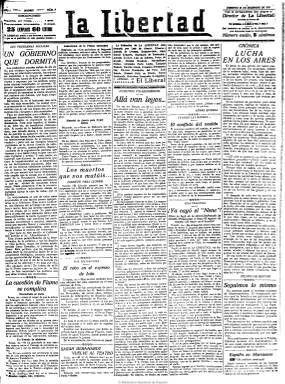
Título: La Libertad (Madrid. 1919)
Colección: Periódicos
Ámbito geográfico: Madrid
Lugar de publicación: Madrid
Fechas: 21/12/1919-26/03/1939

Se trata del diario que durante veinte años, hasta su desaparición a finales de marzo de 1939, al acabar la guerra civil española, fuera uno, sino el más, difundido de cuantos se editaron en Madrid. Nace el 13 de diciembre de 1919, después de cinco días de huelga de la prensa, cuando un nutrido grupo de periodistas, administrativos, obreros y repartidores abandonan El Liberal, para fundar este diario también matutino, excepto los lunes, que se convertirá en competidor directo situado a la izquierda de su antiguo periódico. Luis de Oteyza será su director; Antonio de Lezama, redactor jefe; Alejo García Góngora, secretario de redacción, y sus principales redactores, Antonio Zozaya, Luis de Zulueta, Pedro de Répide, Manuel Machado, Maximiliano Miñón, Alejandro Pérez Lugín, Víctor Gabilondo, Augusto Barcia, Cristóbal de Castro, Ezequiel Endériz, y como fotógrafo, Alfonso, entre otros, apareciendo su nómina en la primera página del nuevo diario, con la expresión de “exredactores de El Liberal”.

Tras editar sus primeros seis números esta cabecera deja de publicarse por orden judicial tras la demanda interpuesta por “competencia ilícita” por El Liberal y firmado por Miguel Moya, y en su lugar aparece la de El Popular durante los dos días siguientes, reapareciendo La Libertad de nuevo a partir del 21 de diciembre, sumando a su secuencia numérica los dos números de El Popular. Tanto en La Libertad como en su cabecera alternativa, El Popular, sus fundadores habían calcado la misma imagen y estructura que la del periódico que habían abandonado.

La Libertad será uno de los grandes rotativos que aparecerán en España tras la primera guerra mundial, dirigido a la pequeña burguesía y a las clases populares y obreras. Entre sus principales y primeros colabores se encuentran Eduardo Ortega y Gasset, que como abogado de La libertad gana la demanda citada de El liberal, así como Ángel Guerra, Marcelino Domingo o Indalecio Prieto.

Será un periódico de ocho páginas, que irá aumentando a lo largo de su vida, número superior al de su directo competidor, El Liberal, con secciones y columnas habituales, como “La política del día”, “Los poetas del día”, “Nuestros colaboradores”, “El día político”, “Panorama de Madrid” o “Bolsa de Madrid”. Publicará editoriales, artículos, crónicas, informaciones y noticias políticas, parlamentarias, sociales, literarias, científicas, taurinas, teatrales, cinematográficas, de economía, deportes, espectáculos, música y sucesos, así como fotografías de actualidad, caricaturas, viñetas, etc. Además de publicar el clásico folletín, dedicará gran espacio a la actualidad del movimiento obrero y su última página estará íntegramente dedicada a la publicidad, con inclusión de esquelas y anuncios por palabras. Contará con corresponsales y dedicará secciones a las noticias de provincias y del extranjero, así como a la creación poética, en la que se dan cita tanto el ya citado Antonio Machado como José Moreno Villa, entre otros muchos.

Santiago Alba, que había fundado en 1917 el partido Izquierda Liberal, se convertirá en el mayor accionista de su sociedad editora, fundada el 19 de enero de 1920, en la que también abundan otros amigos del político, como los industriales Juan March y el vasco Horacio Echevarrieta. Durante años actuará como “albista” oficioso, adscrito al reformismo burgués moderado, y con los años será el periódico más radical dentro del liberalismo democrático, abierto a las izquierdas y especialmente al socialismo.

Fue crítico con la guerra de Marruecos, en donde serán un éxito las crónicas y la entrevista a Abdél-Krim, que su propio director, Luis Oteyza, escribe como corresponsal y enviado especial al frente del conflicto bélico, acompañado de los fotógrafos Alfonso García y José Díaz Casadiego. También será uno de los periódicos que más negativamente acogió la dictadura primoriverista, con una decidida oposición al régimen.

El industrial Juan March se hará con el control financiero de La libertad en 1924, después de haberlo hecho con el periódico Informaciones. Esto dio lugar a que Oteyza fuera sustituido en la dirección por Joaquín Aznar el 12 de marzo de 1925, y Antonio de Lezama, pase de redactor-jefe a subdirector. Aún así, La libertad siguió manteniéndose como diario matutino avanzado, pero sin molestar a la forma monárquica, mientras que el vespertino Informaciones, también en poder de March, seguía adscrito a la derecha.

En 1928, La libertad, como lo harán otros grandes rotativos españoles, se declarará ya abiertamente republicano. En sus páginas seguirán publicando tanto prestigiosos periodistas, como políticos y escritores. En esta nómina se encuentran Teresa de Escoriaza, Marcelino Domingo, Gabriel Alomar, Daniel Anguiano, Cipriano Rivas-Cherif, Rodrigo Soriano, Eduardo Ortega y Gasset, Eduardo Guzmán, Ángel Lázaro, Ramón J. Sénder, que publicará sus famosos reportajes sobre Casas Viejas, o Azorín, que se incorporará a partir de octubre de 1933. Manuel Tovar será su caricaturista con la sección “Coplas del día”. En 1931, cuando publica números de una docena de páginas, la mitad de ellas ya las dedica a literatura, teatro, humor, toros y deportes.

March se desprenderá de La libertad en mayo de 1934. El 14 de julio siguiente Antonio Hermosilla releva a Joaquín Aznar en la dirección del diario y el seis de noviembre del mismo año se constituye su nueva empresa editora: Prensa Republicana Independiente, S.A. Como diario republicano de izquierdas, tras el triunfo del Frente Popular en 1936, Hermosilla continuará como director-gerente, y Antonio de Lezama y Eduardo Haro como subdirectores.

[Descripción modificada el 14/12/2023]